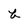
Character: b